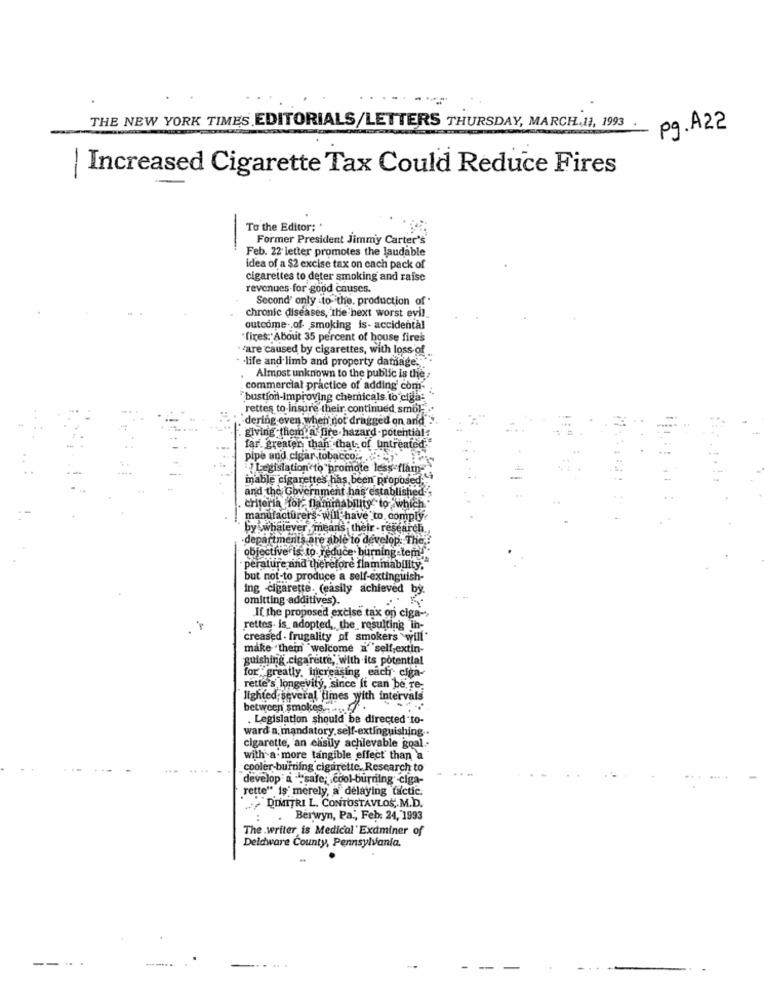
THE NEW YORK TIMES EDITORIALS/LETTERS THURSDAY, MARCH.11, 1993 .
pg. A22
| Increased Cigarette Tax Could Reduce Fires
To the Editor: '
Former President Jimmy Carter's
-
Feb. 22 letter promotes the laudable
idea of a $2 excise tax on cach pack of
cigarettes to deter smoking and raise
revenues-for good causes.
Second' only to the. production of
chronic diseases, the next worst evil_
outcome of- smoking is- accidental
"fires: About 35 percent of house fires
are caused by cigarettes, with loss of ..
. - life and limb and property damage. ..
Almost unknown to the public is the.
commercial practice of adding com-
bustion-improving chemicals. to ciga:
rettes to insure their continued, smol.
dering even when not dragged on and"".
. giving thom a fire hazard-potential
far. greater than that of untreated
pipe and cigar tobacco. - 7
Legislation to promote less flam-
mable cigarettes has been proposed.
and the Government has established
criteria for; flammability to which
manufacturers wul have to comply.
by whatever means their - research.
departments are able to develop: The !!
objective is to reduce. burning-tem.
perature and therefore flammability.
but not-to produce a self-extinguish-
ing cigarette. (easily achieved by.
omitting additives).
4
If the proposed excise tax on ciga -,
rettes. is_ adopted ,, the resulting in-
creased . frugality of smokers will"
make "them "welcome a""self-extin-
guishing .cigarette, with its potential
for : greatly, increasing each ciga-
rette's longevity, since It can be re-
lighted several times with intervals
between smokes ...
. Legislation should be directed to-
ward a mandatory.self-extinguishing ..
cigarette, an easily achievable goal ..
with a more tangible effect than a
cooler-burning cigarette. Research to
develop a ""safe; cool-burning ciga-
rette" is merely, a delaying tactic.
DIMITRI L. CONTOSTAVLOS, M.D.
Berwyn, Pa ., Feb: 24, 1993
The writer is Medical Examiner of
Deldware County, Pennsylvania.